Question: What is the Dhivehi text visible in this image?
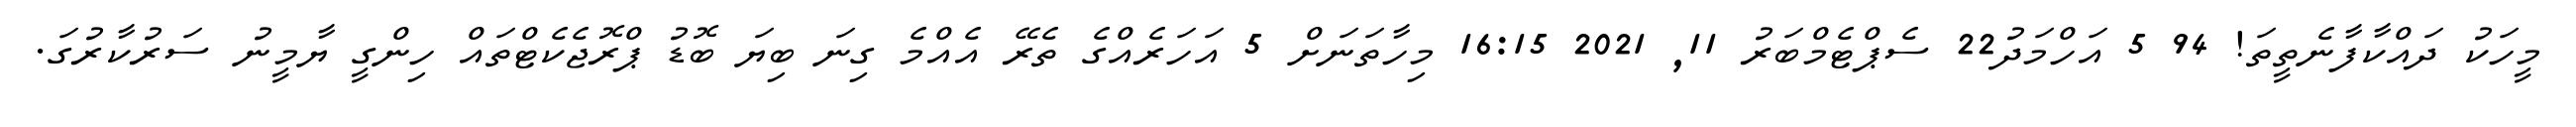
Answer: މީހަކު ދައްކާފާނެތީތަ! 94 5 އަހްމަދު22 ސެޕްޓެމްބަރު 11, 2021 16:15 މިހާތަނަށް 5 އަހަރެއްގެ ތެރޭ އެއްމެ ގިނަ ބިޔަ ބޮޑު ޕްރޮޖެކެޓްތައް ހިންގީ ޔާމީނު ސަރުކާރުގަ.